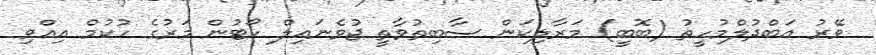
ވޭރު އަބްދުލްމުހީތު (ބޮބީ) މަރާލިކަން ސާބިތުވާތީ ޖުވެނައިލް ކޯޓުން މަރުގެ ހުކުމް އިއްވި